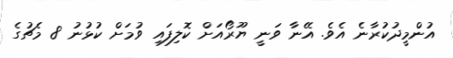
އުންމީދުކުރާނެ އެވެ. އޭނާ ވަނީ ޔޫރޯއަށް ކޮލިފައި ވުމަށް ކުޅުނު 8 މެޗުގެ